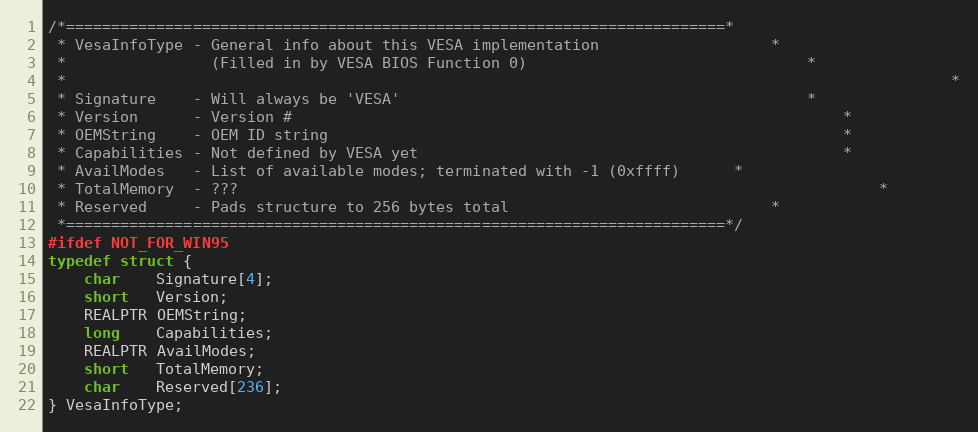
Language: C
/*=========================================================================*
 * VesaInfoType - General info about this VESA implementation					*
 *                (Filled in by VESA BIOS Function 0)								*
 *																									*
 * Signature    - Will always be 'VESA'												*
 * Version      - Version #																*
 * OEMString    - OEM ID string															*
 * Capabilities - Not defined by VESA yet												*
 * AvailModes   - List of available modes; terminated with -1 (0xffff)		*
 * TotalMemory  - ???																		*
 * Reserved     - Pads structure to 256 bytes total								*
 *=========================================================================*/
#ifdef NOT_FOR_WIN95
typedef struct {
	char    Signature[4];
	short   Version;
	REALPTR OEMString;
	long    Capabilities;
	REALPTR AvailModes;
	short   TotalMemory;
	char    Reserved[236];
} VesaInfoType;